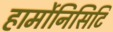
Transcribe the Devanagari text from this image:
हार्मोनिसिटि